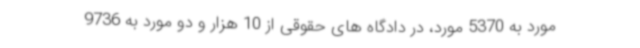
مورد به 5370 مورد، در دادگاه های حقوقی از 10 هزار و دو مورد به 9736